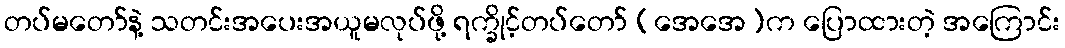
တပ်မတော်နဲ့ သတင်းအပေးအယူမလုပ်ဖို့ ရက္ခိုင့်တပ်တော် (အေအေ)က ပြောထားတဲ့ အကြောင်း